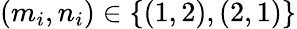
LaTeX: (m_{i},n_{i})\in\{ (1,2),(2,1)\}